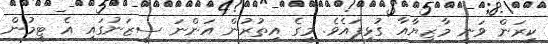
ކިރަން ވަނީ މާޒިޔާއާ ގުޅިފައެވެ. މީގެ އިތުރުން އަންނަ ސީޒަނުގައި އެ ޓީމުން